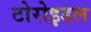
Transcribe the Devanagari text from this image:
टोरोइडल